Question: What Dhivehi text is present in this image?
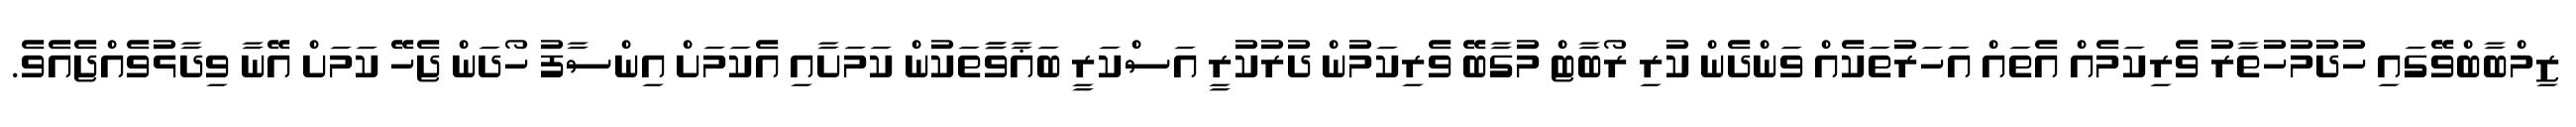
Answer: ޒިމްބާބްވޭގައި ހުދުމުހުތާރު ވެރިކަމެއް އެތައް އަހަރުތަކެއް ވަންދެން ކުރި ރޯބާޓް މުގާބޭ ވެރިކަމުން ދުރުކުރީ އަސްކަރީ ބަޣާވާާތަކުން ކަމަށާއި އެކަމަށް އިންސާފު ހޯދަން ޖެހޭ ކަމަށް އޭނާ ވިދާޅުވެއްޖެއެވެ.